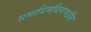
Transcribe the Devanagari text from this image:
समाधिमधिगच्छति